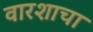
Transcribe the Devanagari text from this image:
वारशाचा